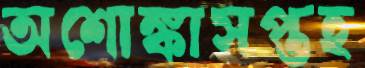
অশোঙ্কাসপ্তহ